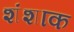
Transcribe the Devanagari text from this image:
शंशाक